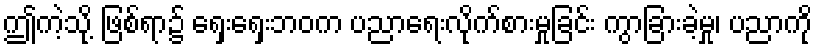
ဤကဲ့သို့ ဖြစ်ရာ၌ ရှေးရှေးဘဝက ပညာရေးလိုက်စားမှုခြင်း ကွာခြားခဲ့မှု၊ ပညာကို